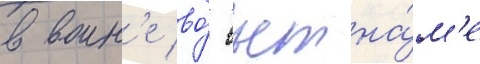
в воин'е во́ вьетна́м'е